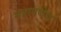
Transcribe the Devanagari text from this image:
महागणेश